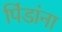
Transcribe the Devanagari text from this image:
पिंडांना